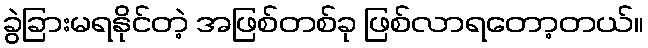
ခွဲခြားမရနိုင်တဲ့ အဖြစ်တစ်ခု ဖြစ်လာရတော့တယ်။